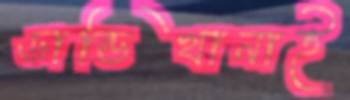
ডান্ডিখানাই